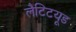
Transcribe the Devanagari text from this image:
लैटिटयूड